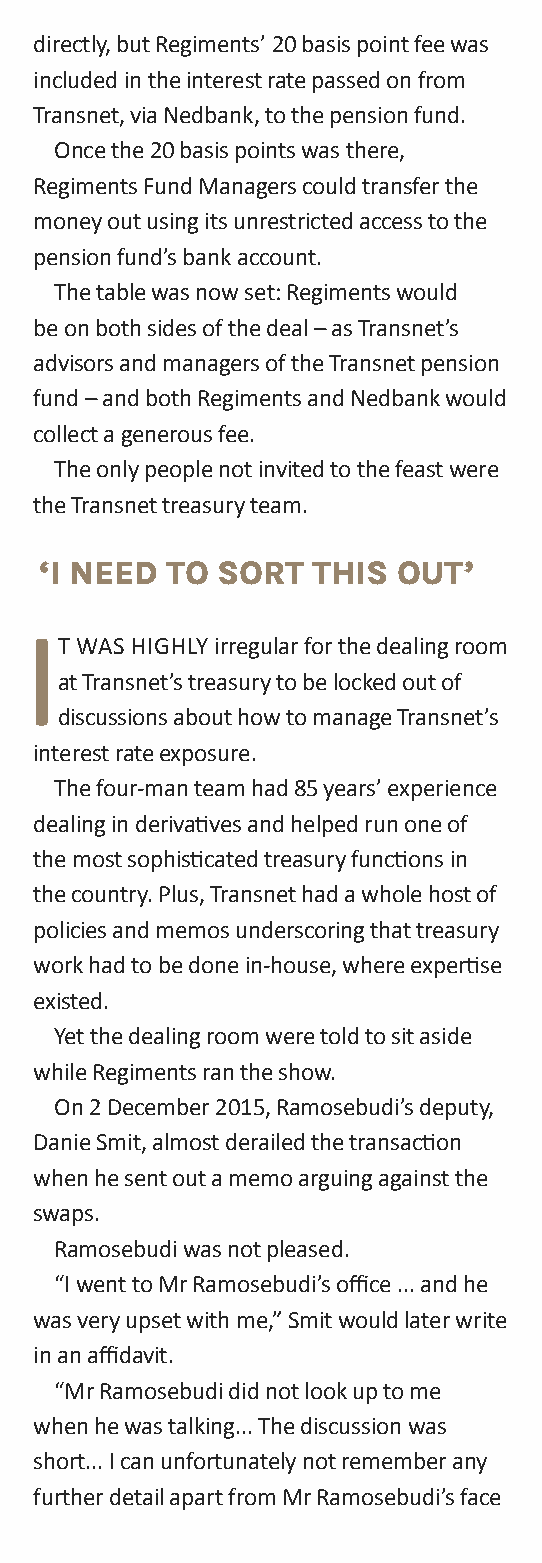
directly, but Regiments’ 20 basis point fee was
 included in the interest rate passed on from
 Transnet, via Nedbank, to the pension fund.
 once the 20 basis points was there,
 Regiments Fund Managers could transfer the
 money out using its unrestricted access to the
 pension fund’s bank account.
 The table was now set: Regiments would
 be on both sides of the deal – as Transnet’s
 advisors and managers of the Transnet pension
 fund – and both Regiments and Nedbank would
 collect a generous fee.
 The only people not invited to the feast were
 the Transnet treasury team.
 ‘i need TO SOrT   ThiS  OuT’
 ‘
 I
 T WAS hIghLY irregular for the dealing room
 at Transnet’s treasury to be locked out of
 discussions about how to manage Transnet’s
 interest rate exposure.
 The four-man team had 85 years’ experience
 dealing in derivatives and helped run one of
 the most sophisticated treasury functions in
 the country. Plus, Transnet had a whole host of
 policies and memos underscoring that treasury
 work had to be done in-house, where expertise
 existed.
 Yet the dealing room were told to sit aside
 while Regiments ran the show.
 on 2 December 2015, Ramosebudi’s deputy,
 Danie Smit, almost derailed the transaction
 when he sent out a memo arguing against the
 swaps.
 Ramosebudi was not pleased.
 “I went to Mr Ramosebudi’s office ... and he
 was very upset with me,” Smit would later write
 in an affidavit.
 “Mr Ramosebudi did not look up to me
 when he was talking... The discussion was
 short... I can unfortunately not remember any
 further detail apart from Mr Ramosebudi’s face